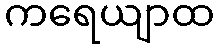
ကရေယျာထ